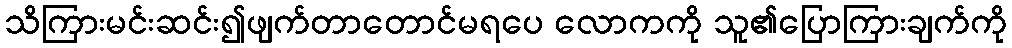
သိကြားမင်းဆင်း၍ဖျက်တာတောင်မရပေ လောကကို သူ၏ပြောကြားချက်ကို